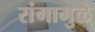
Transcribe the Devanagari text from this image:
रांगामुळे